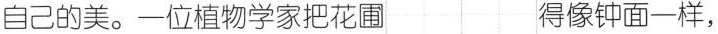
自己的美。一位植物学家把花圃 得像钟面一样，